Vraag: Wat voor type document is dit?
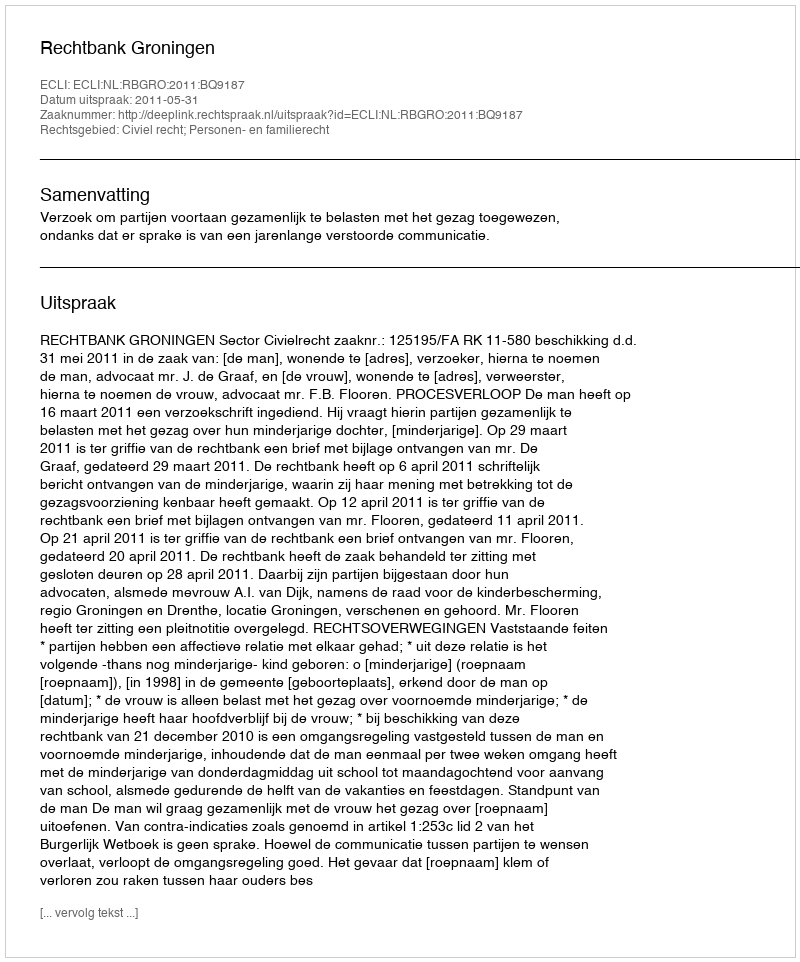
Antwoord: Uitspraak